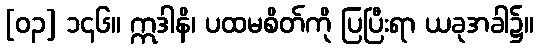
[၀၃] ၁၄၆။ ဣဒါနိ၊ ပထမစိတ်ကို ပြပြီးရာ ယခုအခါ၌။